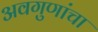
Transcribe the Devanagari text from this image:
अवगुणांचा